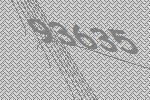
93635